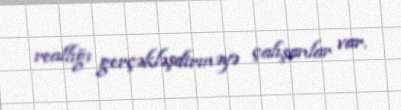
reallığı gerçəkləşdirməyə çalışanlar var.